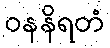
ဝနနိရတံ